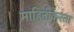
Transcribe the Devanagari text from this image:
माहितीकरता